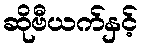
ဆိုဗီယက်နှင့်